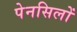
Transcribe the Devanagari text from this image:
पेनसिलों